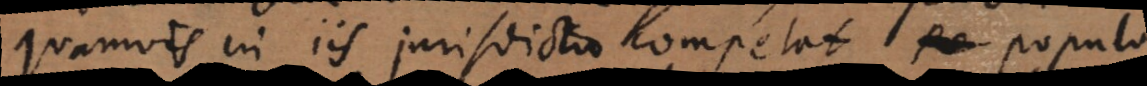
quamvis in iis jurisdictio competat populo